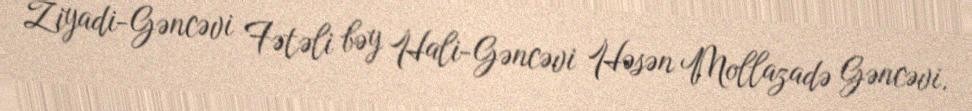
Ziyadi-Gəncəvi Fətəli bəy Hali-Gəncəvi Həsən Mollazadə Gəncəvi.